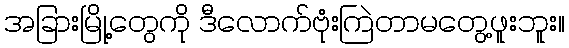
အခြားမြို့တွေကို ဒီလောက်ဗုံးကြဲတာမတွေ့ဖူးဘူး။